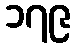
၁၇၉